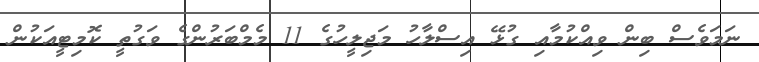
ނަމަވެސް ބިން ވިއްކުމާއި ގުޅޭ އިސްލާހު މަޖިލީހުގެ 11 މެމްބަރުންގެ ވަގުތީ ކޮމިޓީއަކުން